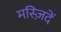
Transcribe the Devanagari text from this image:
मस्ज़िदें